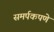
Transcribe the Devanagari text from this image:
समर्पकपणे